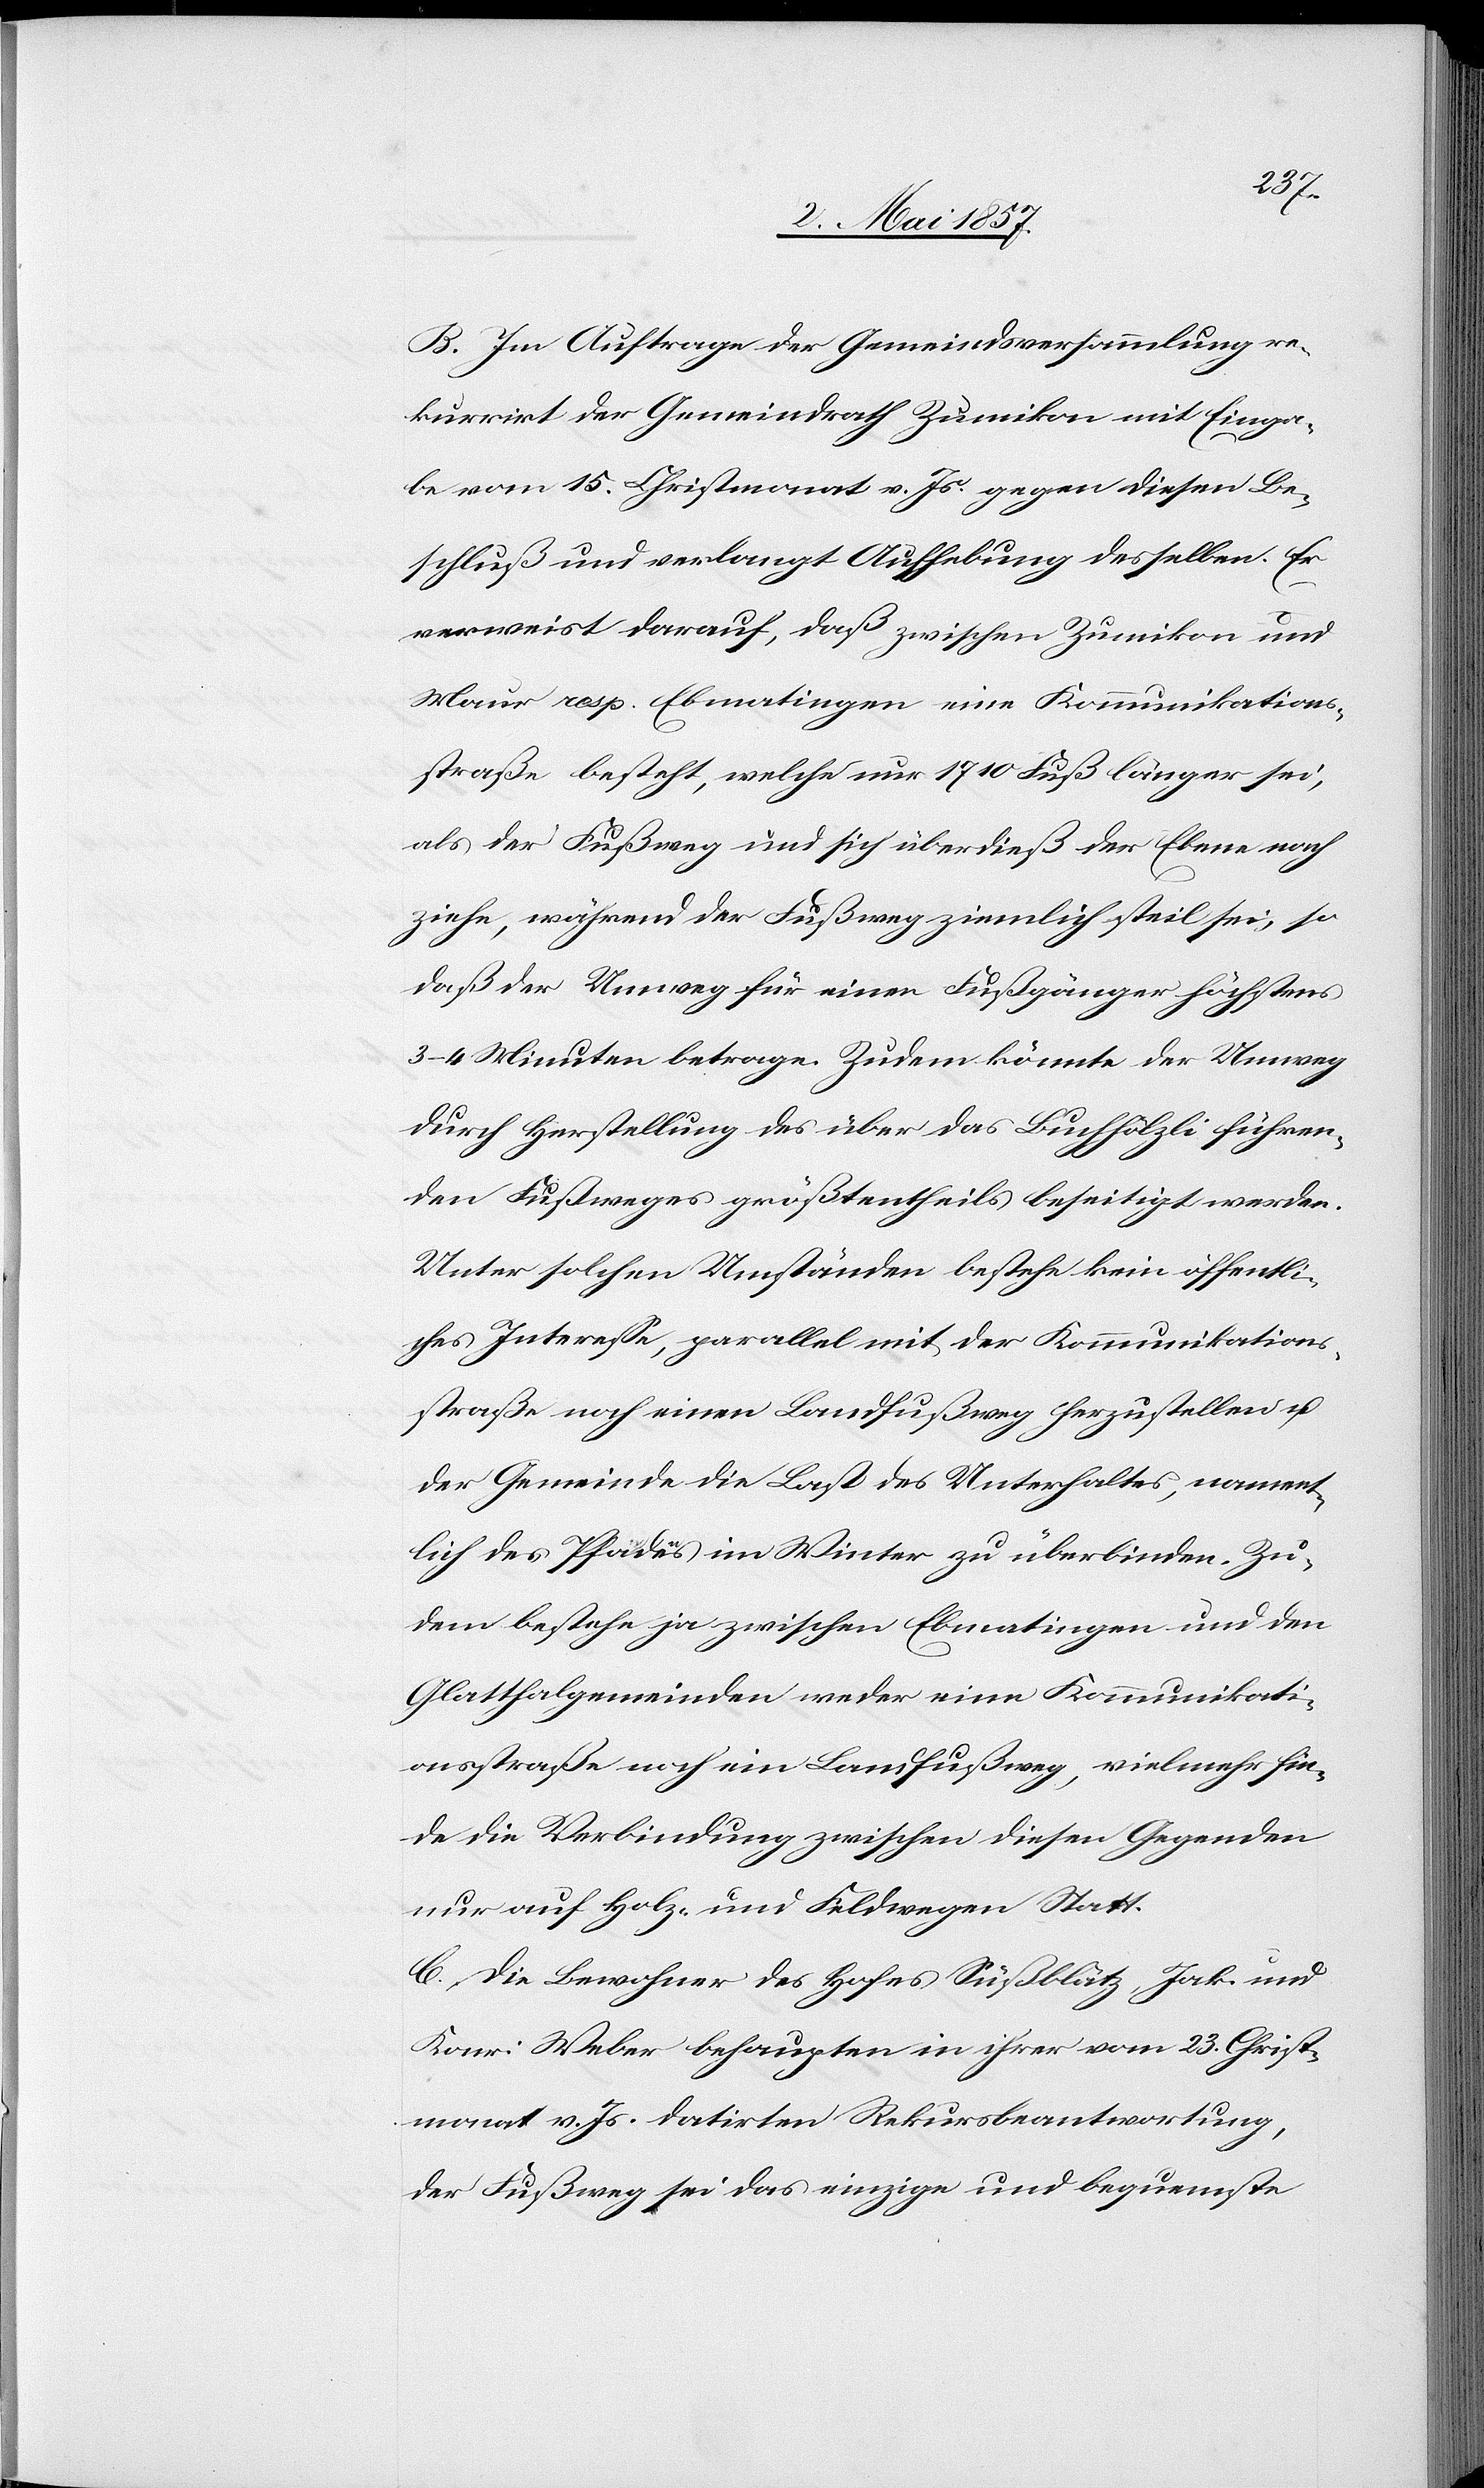
B. Im Auftrage der Gemeindsversammlung re¬
kurrirt der Gemeindrath Zumikon mit Einga¬
be vom 15. Christmonat v. Js. gegen diesen Be¬
schluß und verlangt Aufhebung desselben. Er
verweist darauf, daß zwischen Zumikon und
Maur resp. Ebmatingen eine Kommunikations¬
straße besteht, welche nur 1710 Fuß länger sei,
als der Fußweg und sich überdieß der Ebene nach
ziehe, während der Fußweg ziemlich steil sei, so
daß der Umweg für einen Fußgänger höchstens
3–4 Minuten betrage. Zudem könnte der Umweg
durch Herstellung des über das Buchhölzli führen¬
den Fußweges größtentheils beseitigt werden.
Unter solchen Umständen bestehe kein öffentli¬
ches Interesse, parallel mit der Kommunikations¬
straße noch einen Landfußweg herzustellen u.
der Gemeinde die Last des Unterhaltes, nament¬
lich des Pfades im Winter zu überbinden. Zu¬
dem bestehe ja zwischen Ebmatingen und den
Glatthalgemeinden weder eine Kommunikati¬
onsstraße noch ein Landfußweg, vielmehr fin¬
de die Verbindung zwischen diesen Gegenden
nur auf Holz- und Feldwegen Statt.
C. Die Bewohner des Hofes Süßblätz, Jak. und
Konr. Weber behaupten in ihrer vom 23. Christ¬
monat v. Js. datirten Rekursbeantwortung,
der Fußweg sei das einzige und bequemste